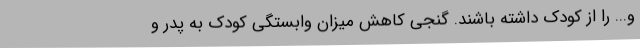
و... را از کودک داشته باشند. گنجی کاهش میزان وابستگی کودک به پدر و